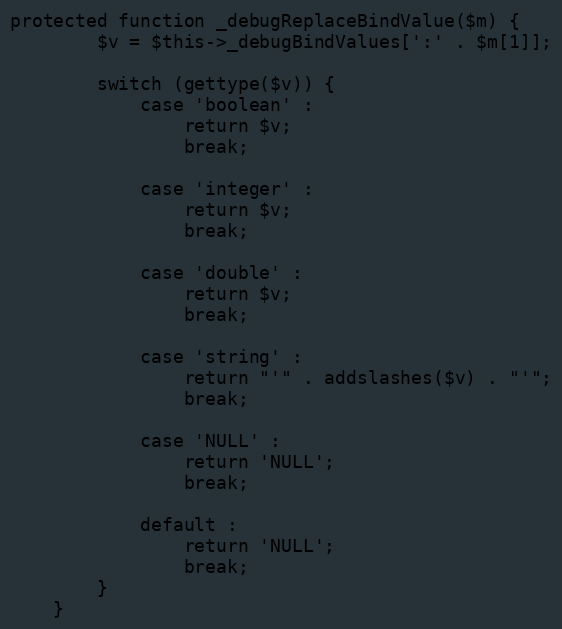
Language: PHP
protected function _debugReplaceBindValue($m) {
        $v = $this->_debugBindValues[':' . $m[1]];

        switch (gettype($v)) {
            case 'boolean' :
                return $v;
                break;

            case 'integer' :
                return $v;
                break;

            case 'double' :
                return $v;
                break;

            case 'string' :
                return "'" . addslashes($v) . "'";
                break;

            case 'NULL' :
                return 'NULL';
                break;

            default :
                return 'NULL';
                break;
        }
    }